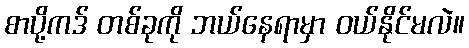
စာပို့ကဒ် တစ်ခုကို ဘယ်နေရာမှာ ဝယ်နိုင်မလဲ။